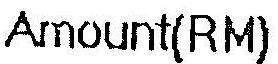
AMOUNT(RM)